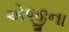
એજીના